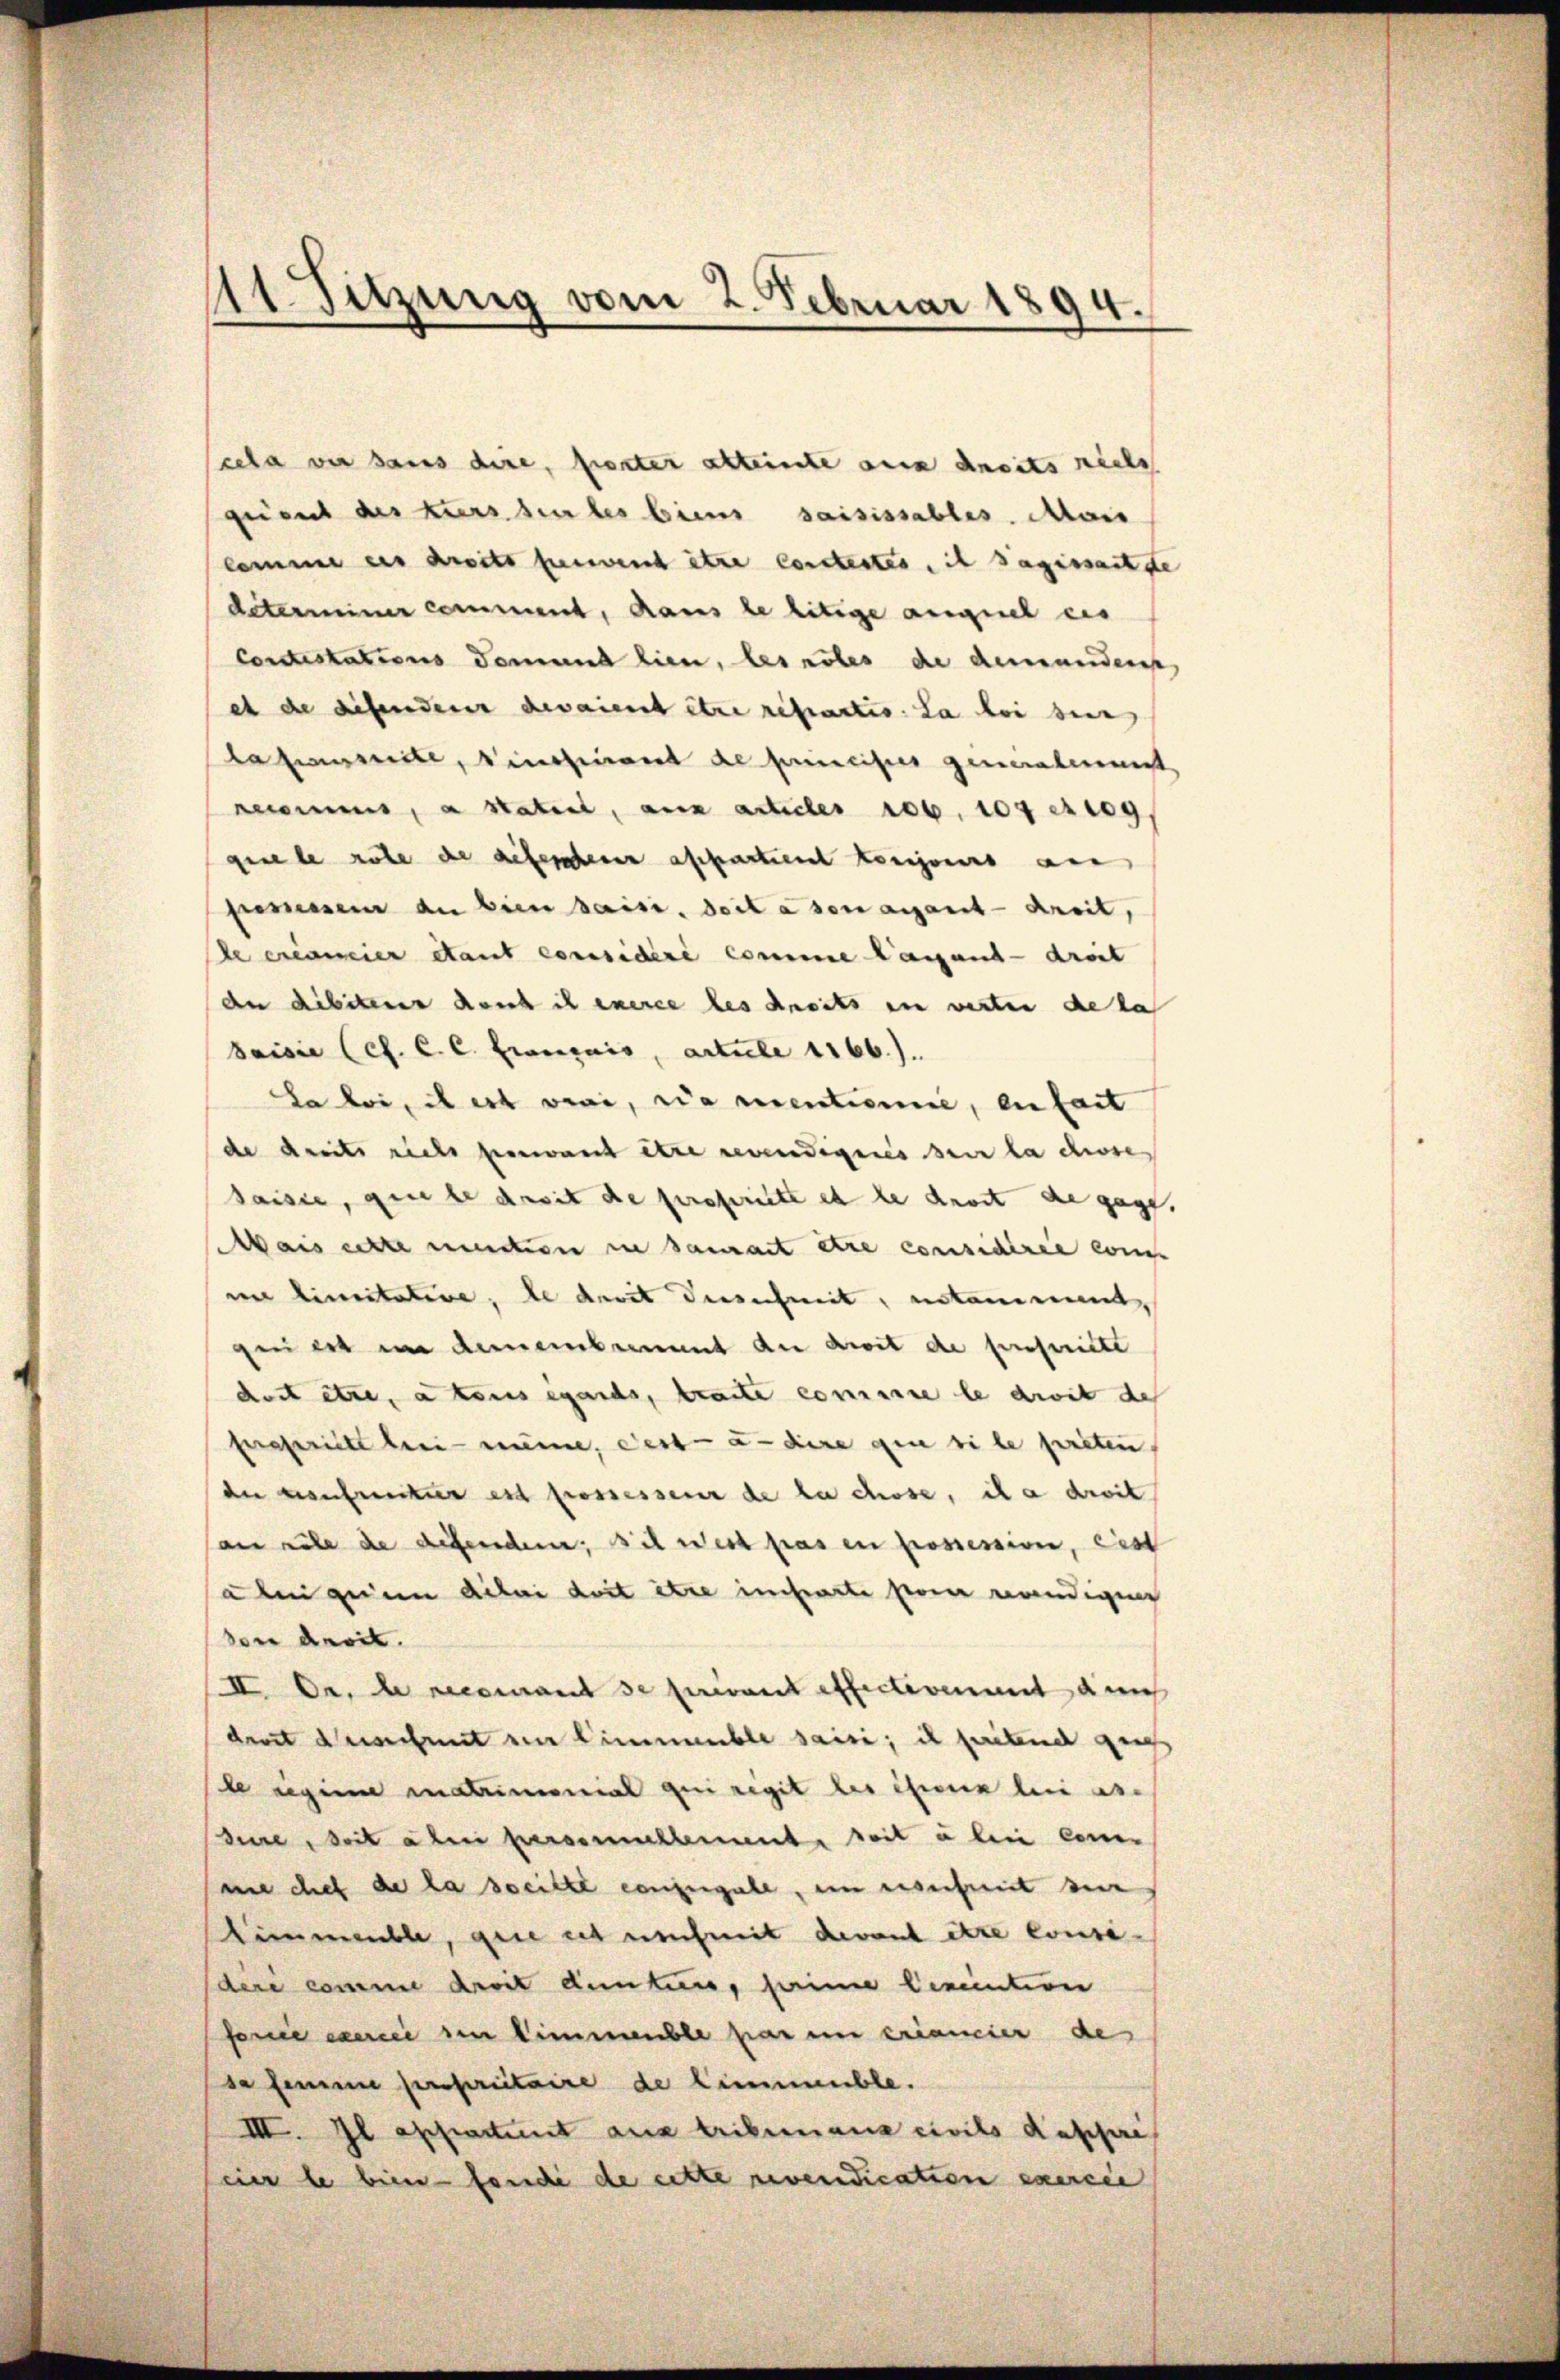
scela wir sans dire, fierter alternte aux droits nicht
geist des Kurs sur les biens saisissables. Mais
kamme es droits freient être constestes, ich sagesseitste
determiner comment, dans le litige angel eis
contestations demund lien, les rotes de demanden
et die diesendener devaient être refactis. La loi der
Lapierte, vinciant de principier generalement
Bems, a statent, aux articles ob. 107 ettog
gisele habe de deferachenen affartiert tenigens au
semessen du bien saisi doit à son angant-droit,
e examier Stant considéré comme langend - droit
dnn debiterer durch ich exerce des droits in werten de la
Saisie (cf. C. C. Français, actuele 1166).
La loi, il est veri, da rentionne, en fait
de dreits richt gewant être gewendigeres der la chose
saisie, gute dasit de propriete et le droit die gage.
Mais erste mection in Samant etia considiren ein
ine limitative, le derit desschmit, notammt,
geiert im Armenbemit du droit de prescritte
dest etwa tous igands, tracte comme le droit des
fegericht bei meine, dest - u. dere que si le preten,
der Einfunker est prossesseur de la chose, il a droit
an sehe die difenden, sich west pas en prossession, ces
a bei einen deli doit être inharte sein wendigen
one droit.
II. Dr. di recomant se privant effectionent durch
dent acht ein Einemble sais; il seitend gen
le eigen in drimonial qui regit des Ehren bei as-
dure, soit aber versenillimente weit u bei con
me chef de la steilte coniugale, en ersich mit sein
Himmeuble, gute es nachmit devant être conse-
dere comme droit dunters, seine Cemention
forne exerce den Wimmenble par um eriancier de
sa femme propriitaire de linnmüble.
III. Il appartient aus tribenans civils deschre
eier le bien - fandi de cette revendication exercie

111. Sitzung vom 2. Februar 1894.